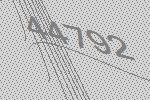
44792